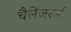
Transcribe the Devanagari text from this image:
चैलेंजरर्स